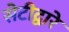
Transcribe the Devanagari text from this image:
सेटीद्वारे